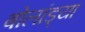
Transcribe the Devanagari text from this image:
बोलांड्या